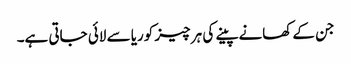
جن کے کھانےپینے کی ہر چیز کوریا سے لائی جاتی ہے۔